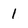
Character: 1